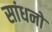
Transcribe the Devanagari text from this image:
सांधनो